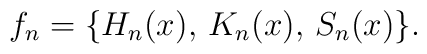
f_{n}=\{H_{n}(x),\, K_{n}(x),\, S_{n}(x)\}.